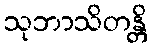
သုဘာသိတန္တိ